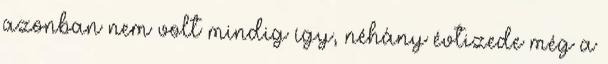
azonban nem volt mindig így, néhány évtizede még a